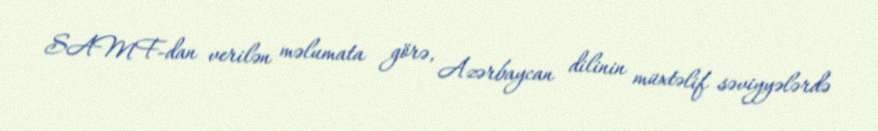
SAMF-dan verilən məlumata görə, Azərbaycan dilinin müxtəlif səviyyələrdə